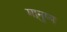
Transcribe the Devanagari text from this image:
मानुष्य